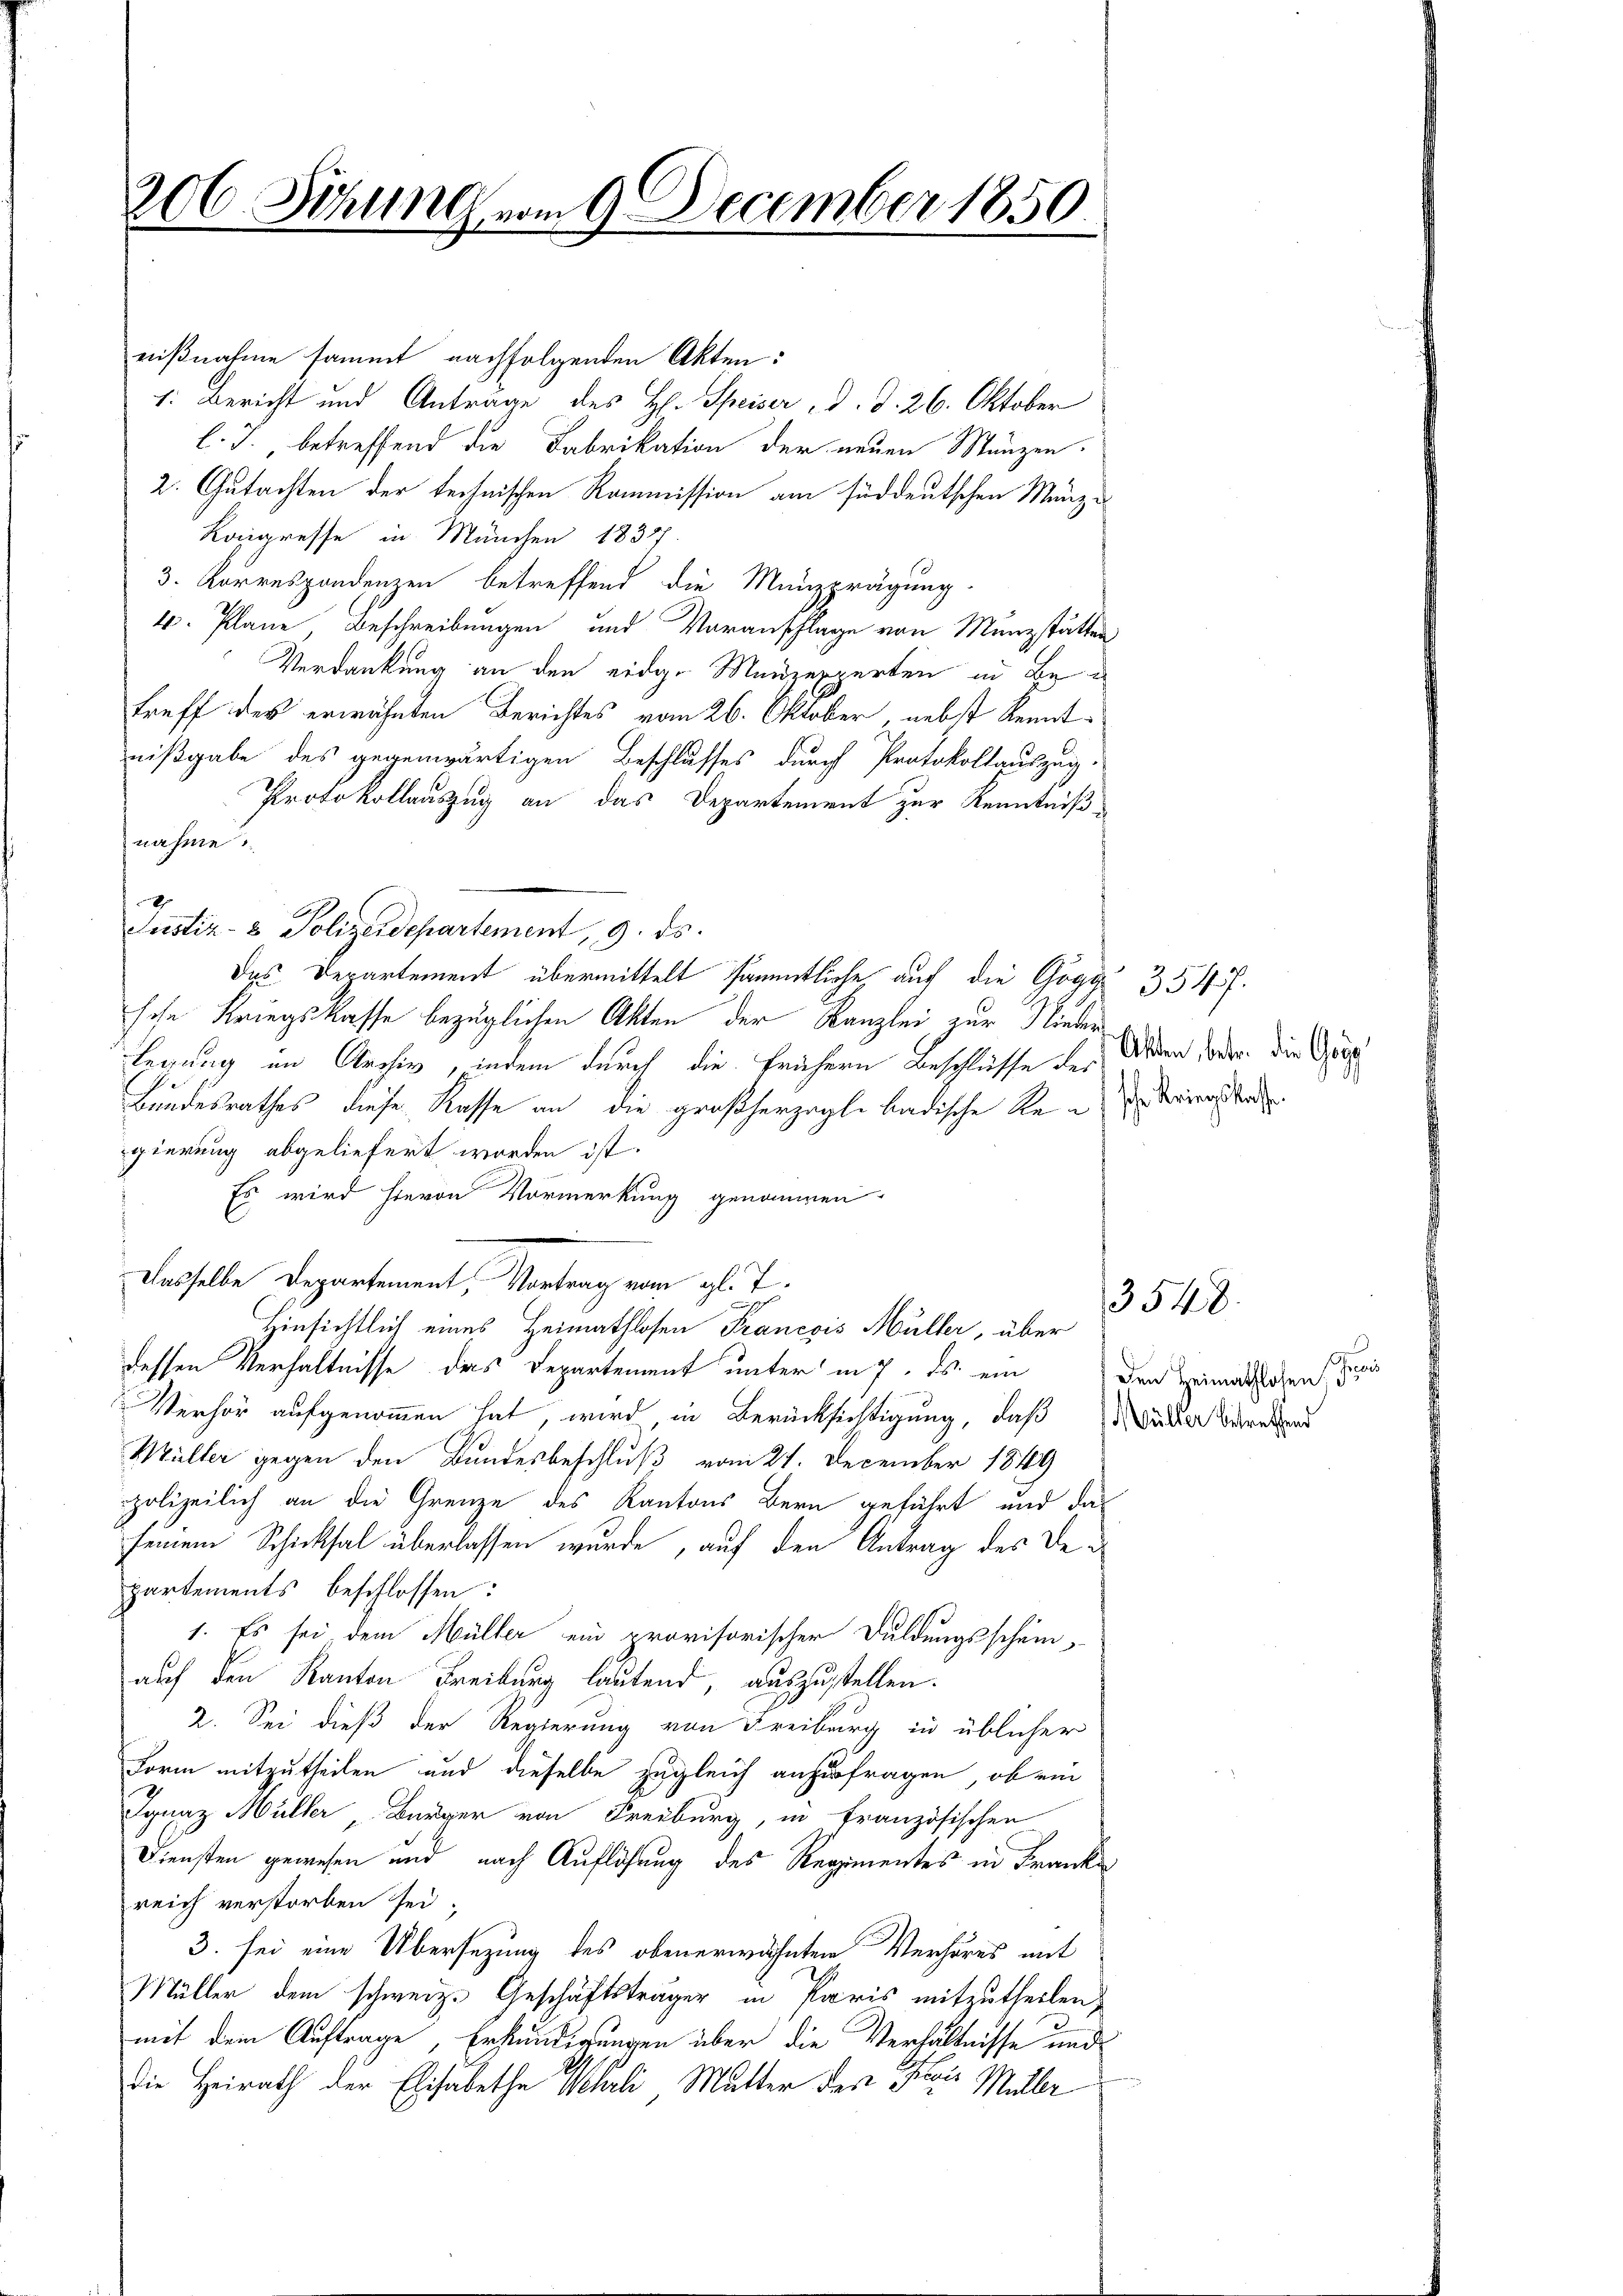
206. Sitzung vom 9 December 1850.

nißnahme sammt nachfolgenden Akten:
1: Bericht und Anträge des H. Speiser, d. d. 26. Oktober
l. J., betreffend die Fabrikation der neuen Manzen.
2. Gutachten der technischen Kommission am süddeutschen Menzi
Kongresse in München 18377
3. Korrespondenzen betreffend die Münzprägung.
4. Plane Beschreibungen und Voranschlage von Münzstätter
Verdankung an den eidge Manzexperten in Betreff des erwähnten Berichtes vom 26. Oktober, nebst Kennt-
nißgabe des gegenwärtigen Beschlusses durch Protokollauszug.
Protokollauszug an das Departement zur Kenntniß
nahme.
Justiz- & Polizeidepartement, 9. ds.
Das Departement übermittelt sämmtliche auf die Gogg 354 f.
sche Kriegskasse bezüglichen Akten der Kanzlei zur Niederlegung im Archiv, indem durch die frühern Beschlüsse des
Bundesrathes, diese Kasse an die großherzogli badische Reue Beirate
gierung abgeliefert worden ist.
Es wird hievon Vormerkung genommen
Dasselbe Departement, Vortrag vom gl. T.
Hinsichtlich eines Heimathlosen Francois Müller, über
dessen Verhältnisse des Departement unter in 7. ds. ein
Verhör aufgenommen hat, wird in Berücksichtigung, daß der Beratend
Müller gegen den Bundesbeschluß vom 21. December 1849
polizeilich an die Grenze des Kantons Bern geführt und das
seinem Schicksal überlassen wurde, auf den Antrag des Departements beschlossen:
1. Es sei dem Müller ein provisorischer Duldungsscheinauf den Kanton Freiburg lautend, auszustellen.
2. Sei dieß der Regierung von Freiburg in üblicher
Form mitzutheilen und dieselbe zugleich anzufragen, ob ein
Ignaz Müller Bürger von Freiburg, in französischen
Diensten gewesen und nach Auflösung des Regimentes in Franke
reich verstorben sei.
3. sei eine Übersezung des obenerwähnten Verhöres mit
Müller dem schweiz. Geschäftsträger in Paris mitzutheilen,
mit dem Auftrage, Erständigungen über die Verhältnisse und
die Heirath der Elisabethe Mali Mutter des Paris Müller

Akten, betr. die Gorg

Den Heimathlosen un

3548.